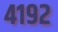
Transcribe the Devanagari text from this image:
४१९२